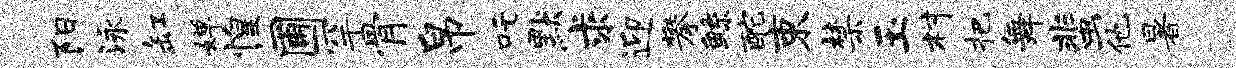
阳泳缸婵惶圃罕骨帛吒默求迎攀鲧酡束禁玉村把舞蜚他暑